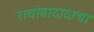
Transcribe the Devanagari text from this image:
राघोबादादाचा